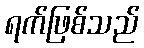
ရက်ဖြစ်သည်